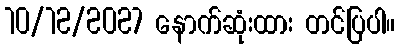
10/12/2027 နောက်ဆုံးထား တင်ပြပါ။